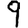
Digit: 9